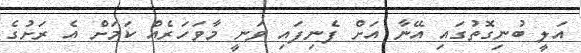
އަލީ ބުނިގޮތުގައި އޭނާ އަށް ފެނިފައި ވަނީ މާވަހަރެއް ކަމަށް އެ ރަށުގެ